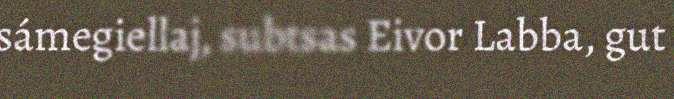
sámegiellaj, subtsas Eivor Labba, gut